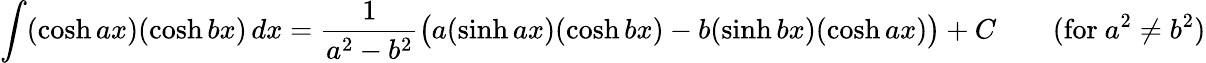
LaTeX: \int(\cosh ax)(\cosh bx)\, dx={\frac{1}{a^{2}-b^{2}}}{\big(}a(\sinh ax)(\cosh bx)-b(\sinh bx)(\cosh ax){\big)}+C\qquad{\mathrm{(for~}}a^{2}\neq b^{2}{\mathrm{)}}